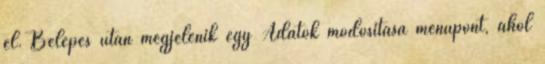
el. Belépés után megjelenik egy Adatok módosítása menüpont, ahol